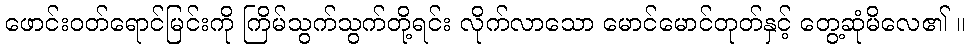
ဖောင်းဝတ်ရောင်မြင်းကို ကြိမ်သွက်သွက်တို့ရင်း လိုက်လာသော မောင်မောင်တုတ်နှင့် တွေ့ဆုံမိလေ၏ ။